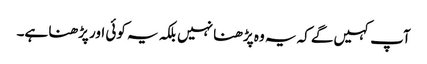
آپ کہیں‌گے کہ یہ وہ پڑھنا نہیں بلکہ یہ کوئی اور پڑھنا ہے۔